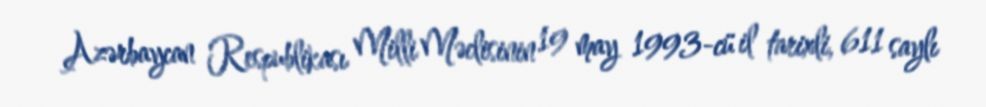
Azərbaycan Respublikası Milli Məclisinin 19 may 1993-cü il tarixli, 611 saylı